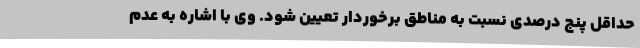
حداقل پنج درصدی نسبت به مناطق برخوردار تعیین شود. وی با اشاره به عدم